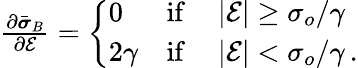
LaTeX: \begin{array}{r}{\frac{\partial\bar{\boldsymbol{\sigma}}_{B}}{\partial\mathcal{E}}=\left\{ \begin{array}{ll}{0}&{\mathrm{if}\quad\left|\mathcal{E}\right|\ge\sigma_{o}/\gamma}\\ {2\gamma}&{\mathrm{if}\quad\left|\mathcal{E}\right|<\sigma_{o}/\gamma\, .}\end{array}\right.}\end{array}